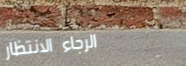
الرجاء الانتظار